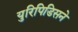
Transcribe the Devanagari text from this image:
युरिपिडिसने